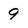
Character: 9